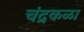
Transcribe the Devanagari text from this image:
चंद्रकळा